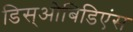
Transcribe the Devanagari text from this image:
डिस्‌ओबिडिएंस